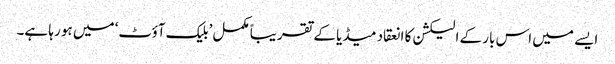
ایسے میں اس بار کے الیکشن کا انعقاد میڈیا کے تقریباً مکمل ’بلیک آؤٹ‘ میں ہو رہا ہے۔